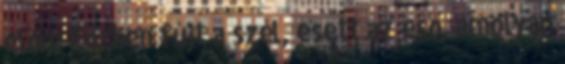
előre Közben fújt a szél, esett az eső, amolyan